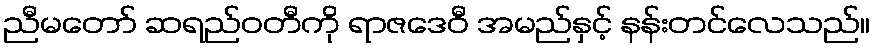
ညီမတော် ဆရည်ဝတီကို ရာဇဒေဝီ အမည်နှင့် နန်းတင်လေသည်။